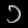
Digit: ၁